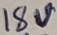
Text: 18V